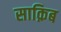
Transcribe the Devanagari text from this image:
साक़िब